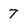
Character: 7